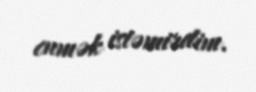
enmək istəmirdim.